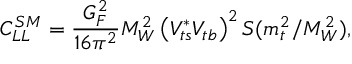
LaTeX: C _ { L L } ^ { S M } = \frac { G _ { F } ^ { 2 } } { 1 6 \pi ^ { 2 } } M _ { W } ^ { 2 } \left( V _ { t s } ^ { * } V _ { t b } \right) ^ { 2 } S ( m _ { t } ^ { 2 } / M _ { W } ^ { 2 } ) ,